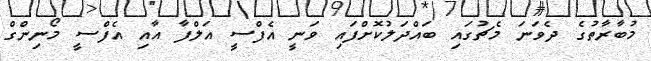
މުބާރާތުގެ ދެވަނަ މެޗުގައި ބައްދަލުކޮށްފައި ވަނީ އެފްސީ އަލްފާ އާއި އެފްސީ މޯނިންގް